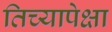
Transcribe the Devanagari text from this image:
तिच्यापेक्षा